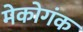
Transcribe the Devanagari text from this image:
मेकोगंक